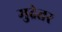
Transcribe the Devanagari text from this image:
मुद्रेतर